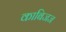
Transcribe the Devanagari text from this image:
काबिजज